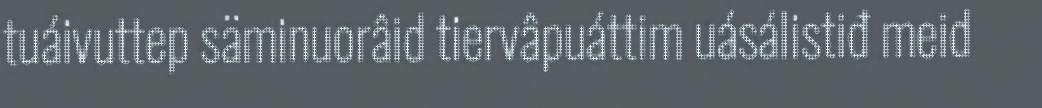
tuáivuttep säminuorâid tiervâpuáttim uásálistiđ meid